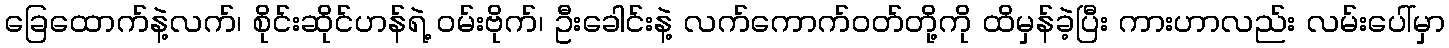
ခြေထောက်နဲ့လက်၊ စိုင်းဆိုင်ဟန်ရဲ့ ၀မ်းဗိုက်၊ ဦးခေါင်းနဲ့ လက်ကောက်၀တ်တို့ကို ထိမှန်ခဲ့ပြီး ကားဟာလည်း လမ်းပေါ်မှာ